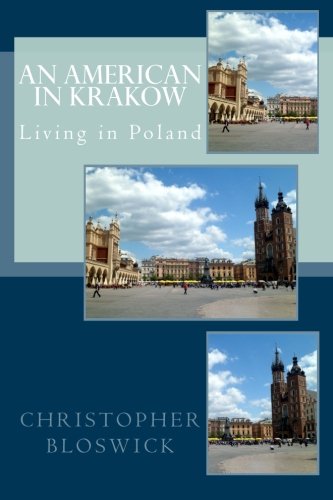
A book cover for An American in Krakow: Living in Poland; Christopher Bloswick Jr.; Travel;